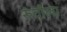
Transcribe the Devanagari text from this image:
रुंदीला